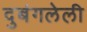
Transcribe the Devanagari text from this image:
दुबंगलेली